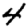
Digit: 4